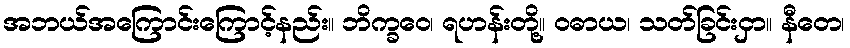
အဘယ်အကြောင်းကြောင့်နည်း။ ဘိက္ခဝေ၊ ရဟန်းတို့။ ဝဓာယ၊ သတ်ခြင်းငှာ။ နီတေ၊